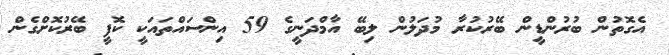
އެގޮތުން ބުރުންޑީން ބޭރުކުރާ މުދަލުން ލިބޭ އާމްދަނީގެ 59 އިންސައްތައަކީ ކޮފީ ބޭރުކޮށްގެން